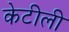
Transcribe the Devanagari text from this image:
केटीली